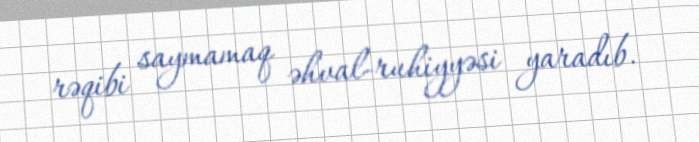
rəqibi saymamaq əhval-ruhiyyəsi yaradıb.